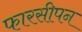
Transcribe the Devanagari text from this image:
फारसीपन